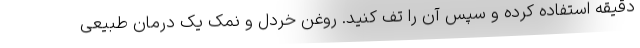
دقیقه استفاده کرده و سپس آن را تف کنید. روغن خردل و نمک یک درمان طبیعی